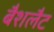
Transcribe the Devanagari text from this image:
बैशलैट